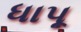
ધાપૂ